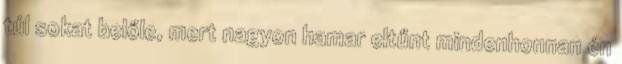
túl sokat belőle, mert nagyon hamar eltűnt mindenhonnan én